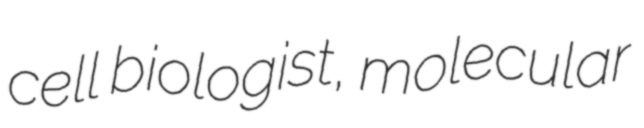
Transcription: cell biologist, molecular